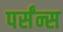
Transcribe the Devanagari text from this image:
पर्संन्स